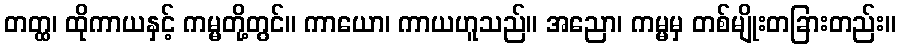
တတ္ထ၊ ထိုကာယနှင့် ကမ္မတို့တွင်။ ကာယော၊ ကာယဟူသည်။ အညော၊ ကမ္မမှ တစ်မျိုးတခြားတည်း။